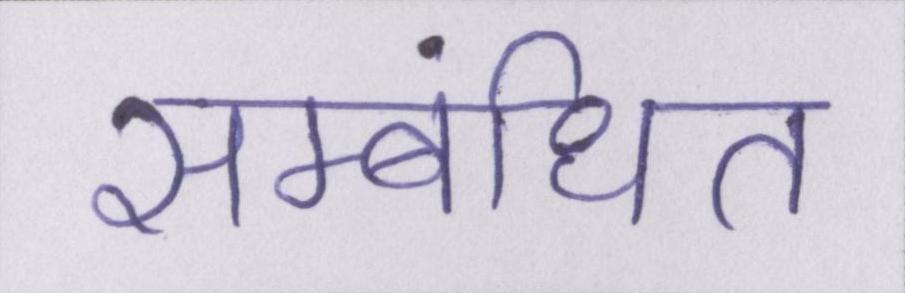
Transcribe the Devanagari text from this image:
सम्बंधित